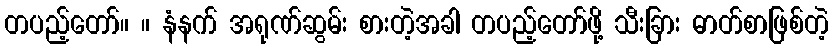
တပည့်တော်။ ။ နံနက် အရုဏ်ဆွမ်း စားတဲ့အခါ တပည့်တော်ဖို့ သီးခြား ဓာတ်စာဖြစ်တဲ့